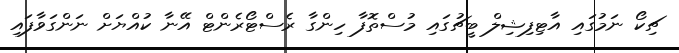
ޗިކޯ ނަމުގައި އާޓިފިޝިލް ބީޗުގައި މުސްތޮފާ ހިންގާ ރެސްޓޯރެންޓް އޭނާ ކުއްޔަށް ނަންގަވާފައި